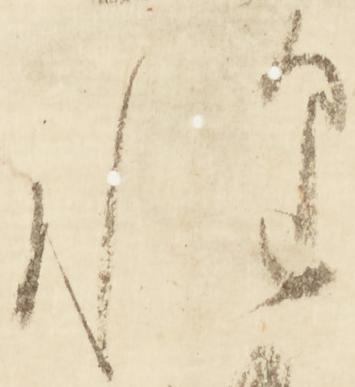
惶